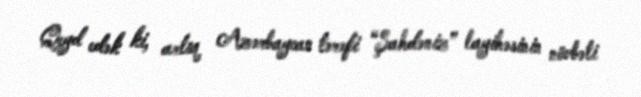
Qeyd edək ki, artıq Azərbaycan tərəfi “Şahdəniz” layihəsinin növbəti